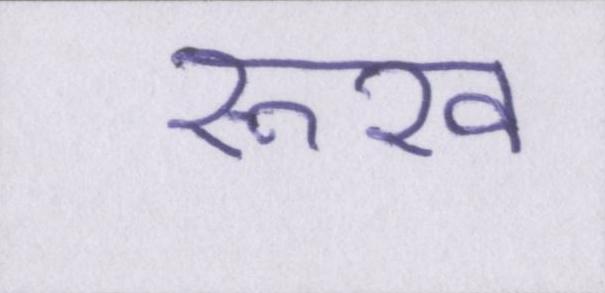
रूख